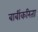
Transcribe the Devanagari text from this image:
बाबींकरिता